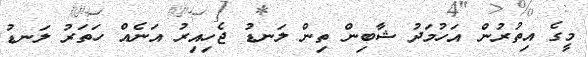
މީގެ އިތުރުން އަހުމަދު ޝާބިން ތިން ލަނޑު ޖެހިއިރު އަނެއް ހަތަރު ލަނޑު